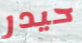
حيدر